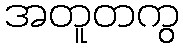
အတူတကွ